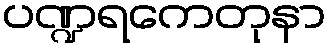
ပဏ္ဍရကေတုနာ